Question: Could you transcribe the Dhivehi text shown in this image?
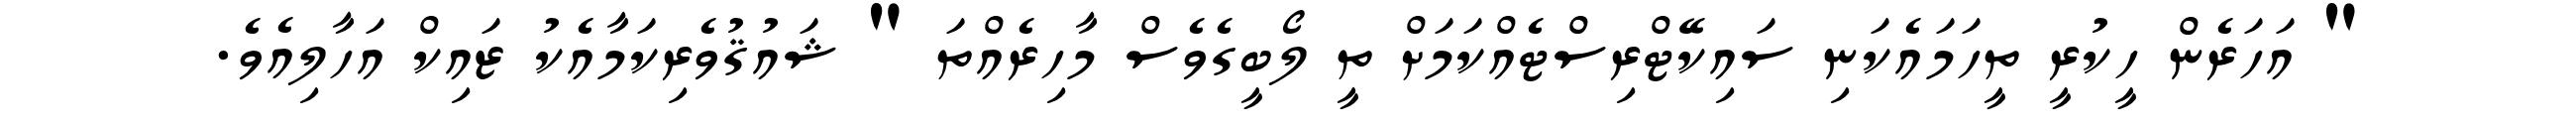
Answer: " އަހަރެން ހީކުރީ ތީހަމައެކަނި ސައިކޭޓްރިސްޓެއްކަމަށް ތީ ލޯބީގެވެސް މާހިރެއްތަ " ޝައުޤުވެރިކަމާއެކު ޒައިކް އަހާލިއެވެ.